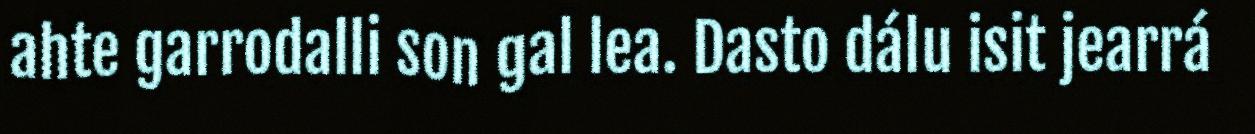
ahte garrodalli son gal lea. Dasto dálu isit jearrá